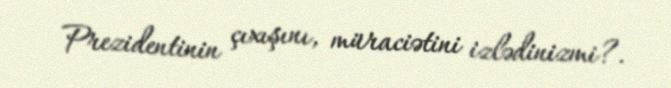
Prezidentinin çıxışını, müraciətini izlədinizmi?.